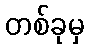
တစ်ခုမှ